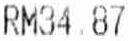
RM34.87